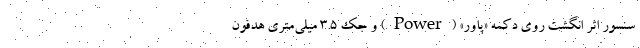
سنسور اثر انگشت روی دکمه «پاور» (Power) و جک 3.۵ میلی‌متری هدفون